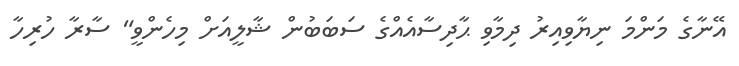
އޭނާގެ މަންމަ ނިޔާވިއިރު ދިމާވި ޙާދިސާއެއްގެ ސަބަބުން ޝާލީއަށް މިހެންވީ" ސާރާ ހުރިހާ